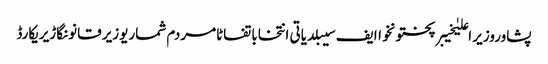
پشاوروزیر اعلیٰخیبرپختونخواایف سیبلدیاتی انتخاباتفاٹامردم شماریوزیر قانونگاڑیریکارڈ